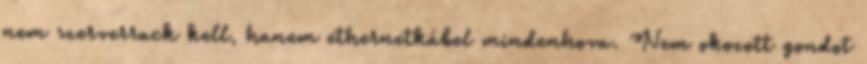
nem szerverrack kell, hanem ethernetkábel mindenhova. Nem okozott gondot